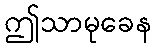
ဤသာမုခေန